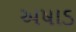
અષાડ